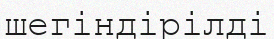
шегіндірілді